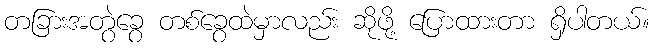
တခြားအတွဲခွေ တစ်ခွေထဲမှာလည်း ဆိုဖို့ ပြောထားတာ ရှိပါတယ်။